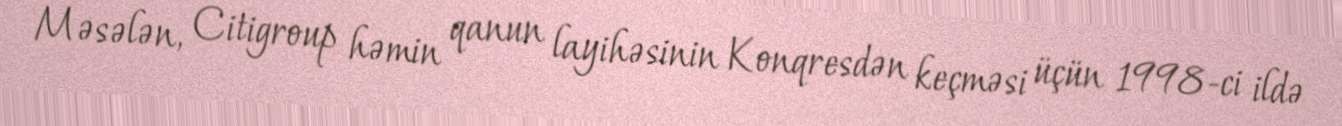
Məsələn, Citigroup həmin qanun layihəsinin Konqresdən keçməsi üçün 1998-ci ildə